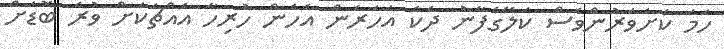
ހަމަ ކަށަވަރުންވެސް ކަލޭގެފާނު ދެކެ އަހަރެން އެހެން ހުރިހާ އެއްޗަކަށް ވުރެ ބޮޑަށް